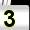
Digit: 3